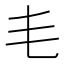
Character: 𣬛